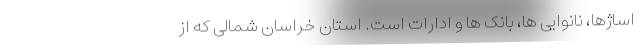
اساژها، نانوایی ها، بانک ها و ادارات است. استان خراسان شمالی که از